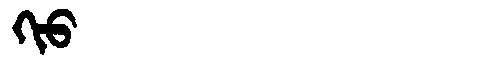
Manchu: ᡴᡳᠣ
Romanization: KIO